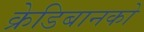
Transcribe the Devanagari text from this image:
क्रेडिबानको